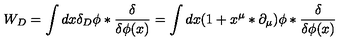
W _ { D } = \int d x \delta _ { D } \phi * { \frac { \delta } { \delta \phi ( x ) } } = \int d x ( 1 + x ^ { \mu } * \partial _ { \mu } ) \phi * { \frac { \delta } { \delta \phi ( x ) } }